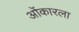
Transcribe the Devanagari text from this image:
ओंकारला